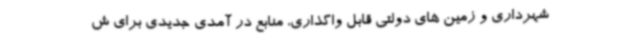
شهرداری و زمین های دولتی قابل واگذاری، منابع در آمدی جدیدی برای ش